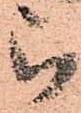
被